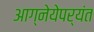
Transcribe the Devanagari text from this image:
आग्नेयेपर्यंत